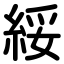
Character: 綏